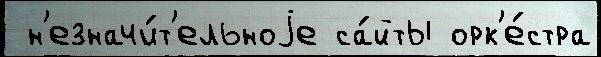
 н'езначи́т'ельноjе са́йты орк'е́стра